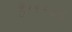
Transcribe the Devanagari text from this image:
है।१९८६